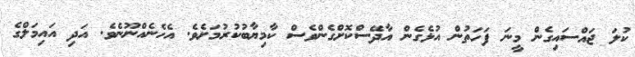
ކުލަ ޖައްސައިގެން މީނަ ފަހަތުން އުޅެގެން އާދޭސްކޮށްގެންވެސް ކާމިޔާބުކުރުމަށެވެ. އެހެނެއްނޫނެވެ. އަދި އައިމަލްގެ